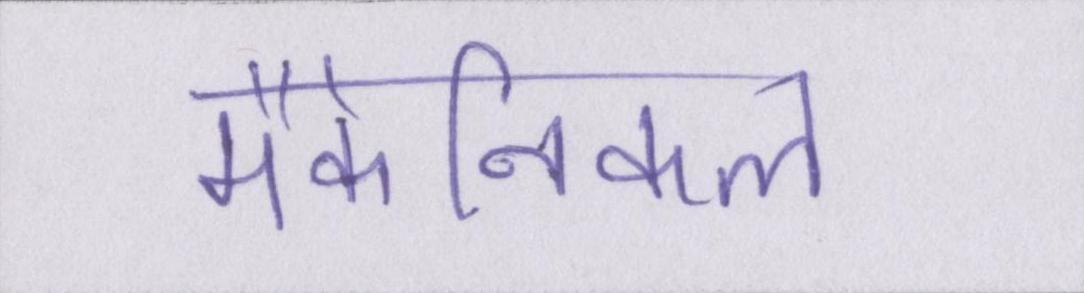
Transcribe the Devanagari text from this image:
मैकेनिकल